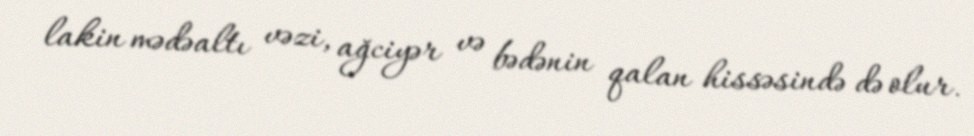
lakin mədəaltı vəzi, ağciyər və bədənin qalan hissəsində də olur.